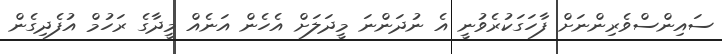
ސައިންސްވެރިންނަށް ފާހަގަކުރެވުނީ އެ ނުދަންނަ މީދަލަށް އެހެން އަނެއް މީދާގެ ރަހުމް އުފެދިގެން